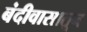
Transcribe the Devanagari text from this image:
बंदीवासातून